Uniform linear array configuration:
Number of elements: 8
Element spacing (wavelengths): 0.75
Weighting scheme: blackman
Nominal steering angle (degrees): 0
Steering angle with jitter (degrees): -0.9586
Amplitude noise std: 0.05
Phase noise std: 0.05

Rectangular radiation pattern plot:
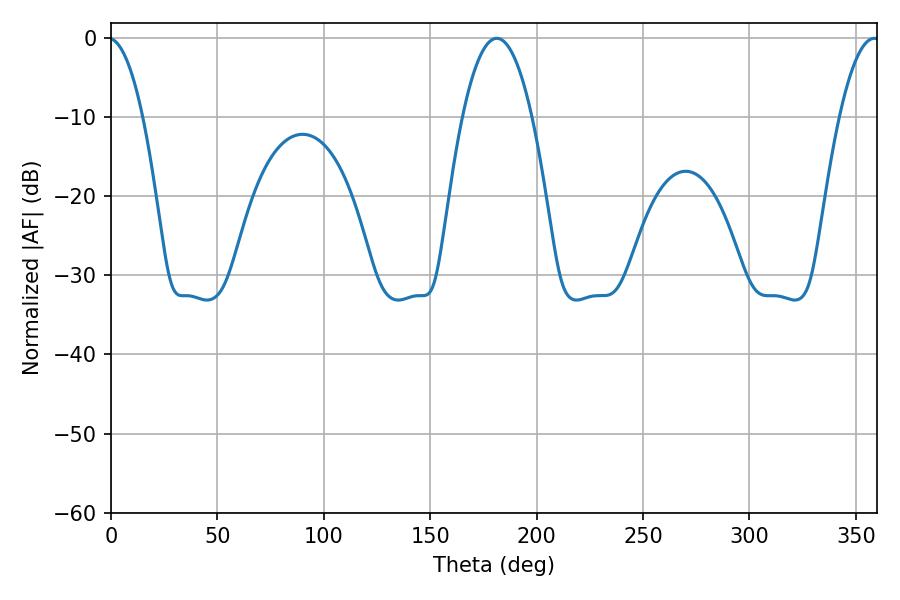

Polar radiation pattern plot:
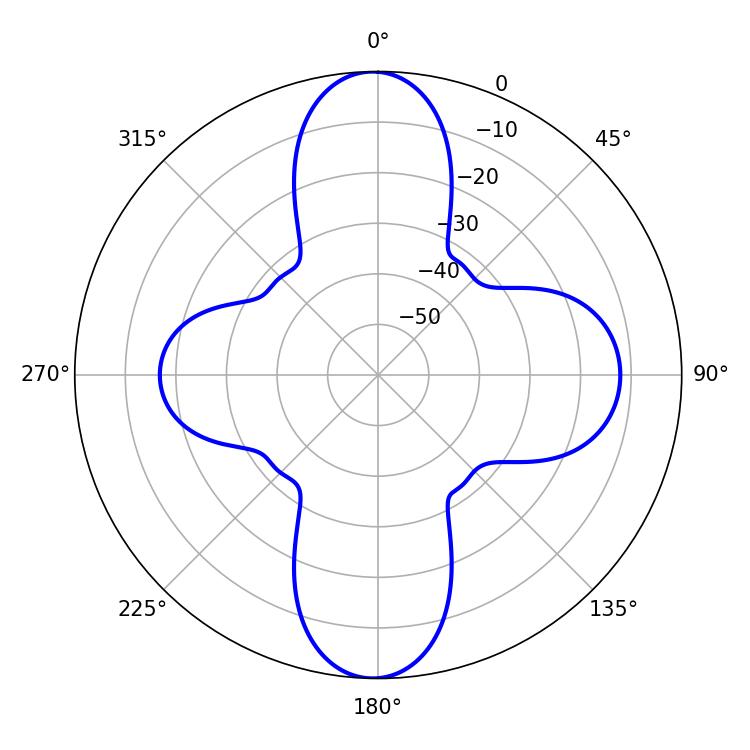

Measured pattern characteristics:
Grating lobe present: TRUE
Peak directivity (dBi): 25.103
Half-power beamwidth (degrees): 10.26
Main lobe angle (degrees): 358.74